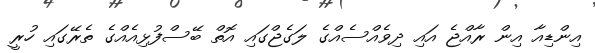
އިންޑިއާ އިން ރާއްޖެ އައި ދިވެއްސެއްގެ ލަގެޖްގައި އޮތް ބޭސްފުޅިއެއްގެ ތެރޭގައި ހުރީ